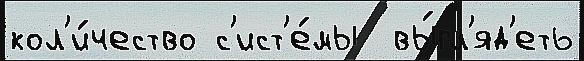
кол'и́чество с'ист'е́мы  вы́гл'яд'еть